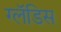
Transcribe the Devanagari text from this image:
ग्लॅडिस